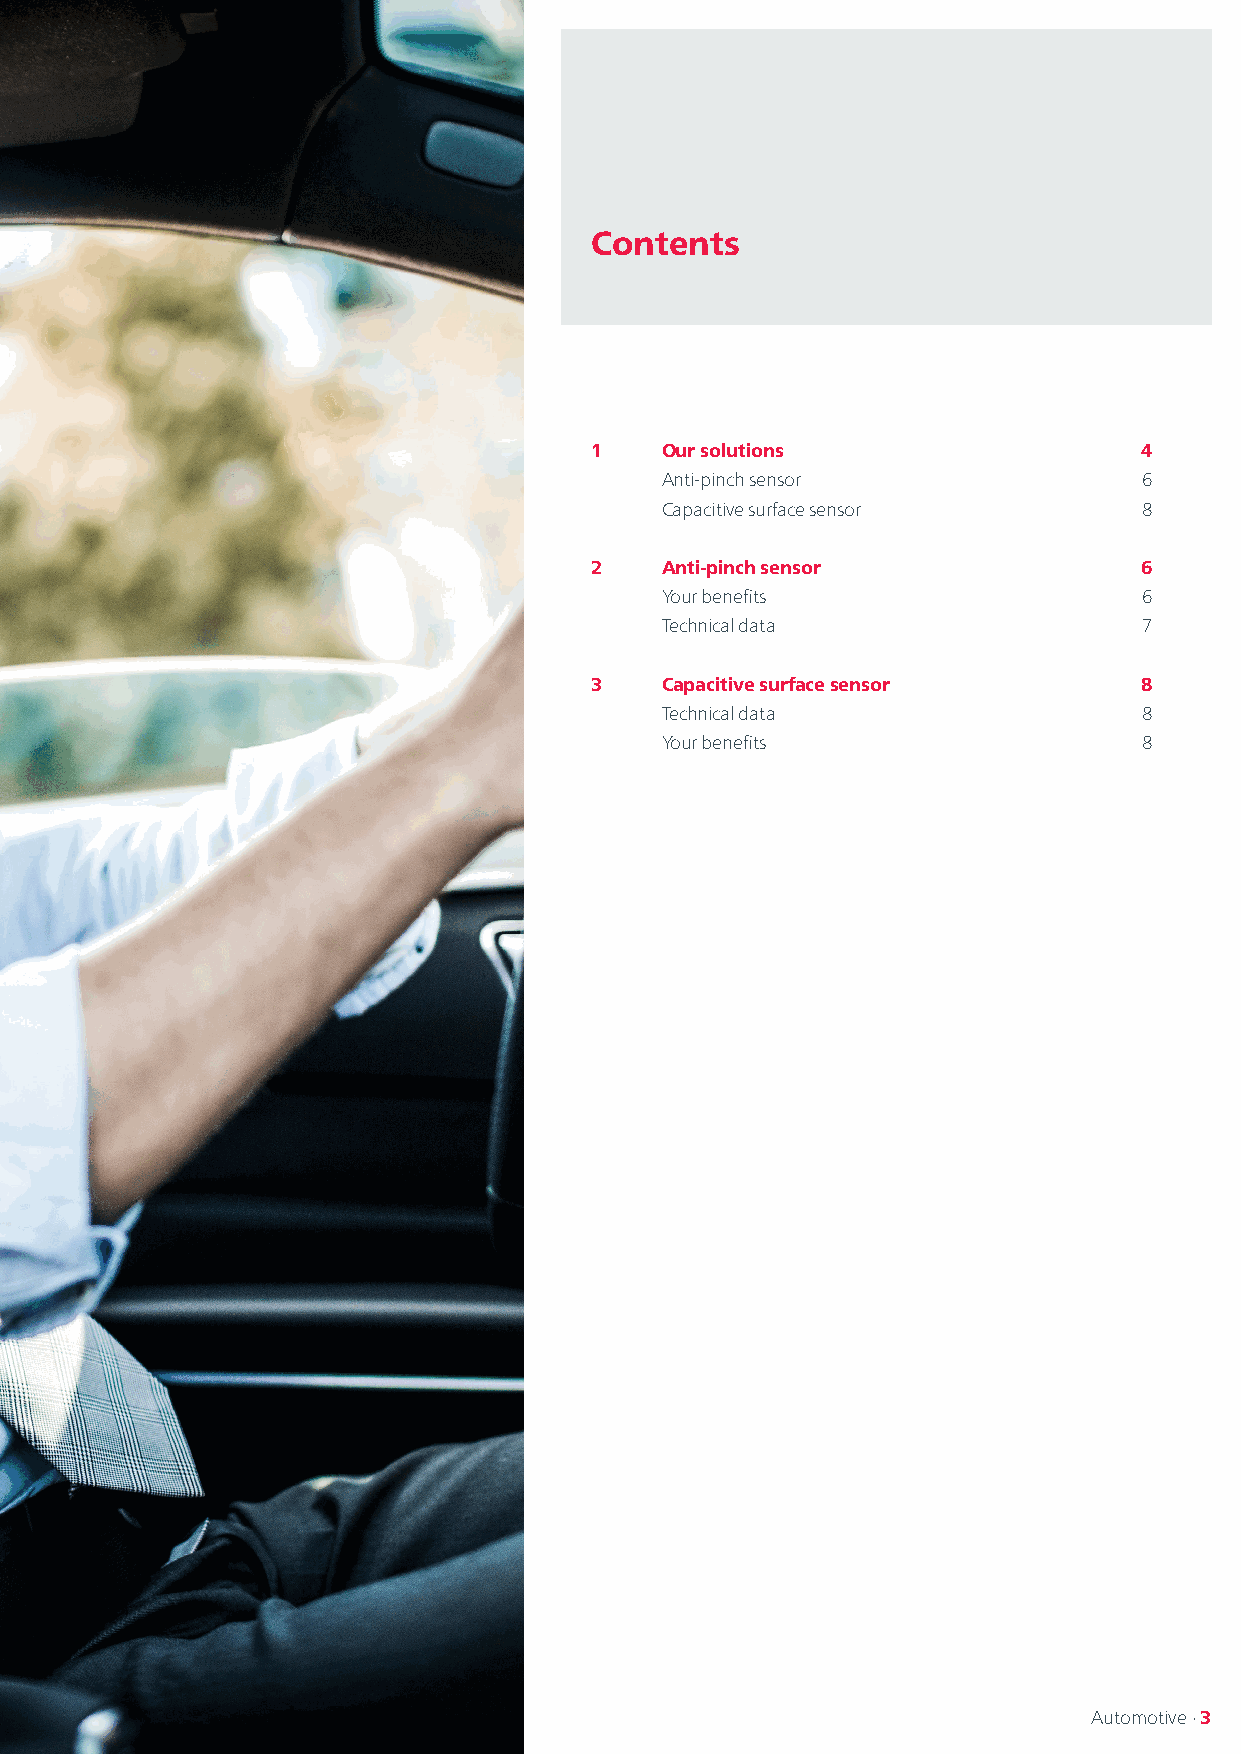
Contents
 1    Our solutions                  4
 Anti-pinch sensor               6
 Capacitive surface sensor       8
 2    Anti-pinch sensor              6
 Your benefits                   6
 Technical data                  7
 3    Capacitive surface sensor      8
 Technical data                  8
 Your benefits                   8
 Automotive · 3